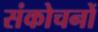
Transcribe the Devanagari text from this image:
संकोचनों